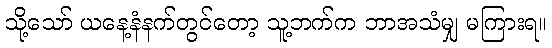
သို့သော် ယနေ့နံနက်တွင်တော့ သူ့ဘက်က ဘာအသံမျှ မကြားရ။